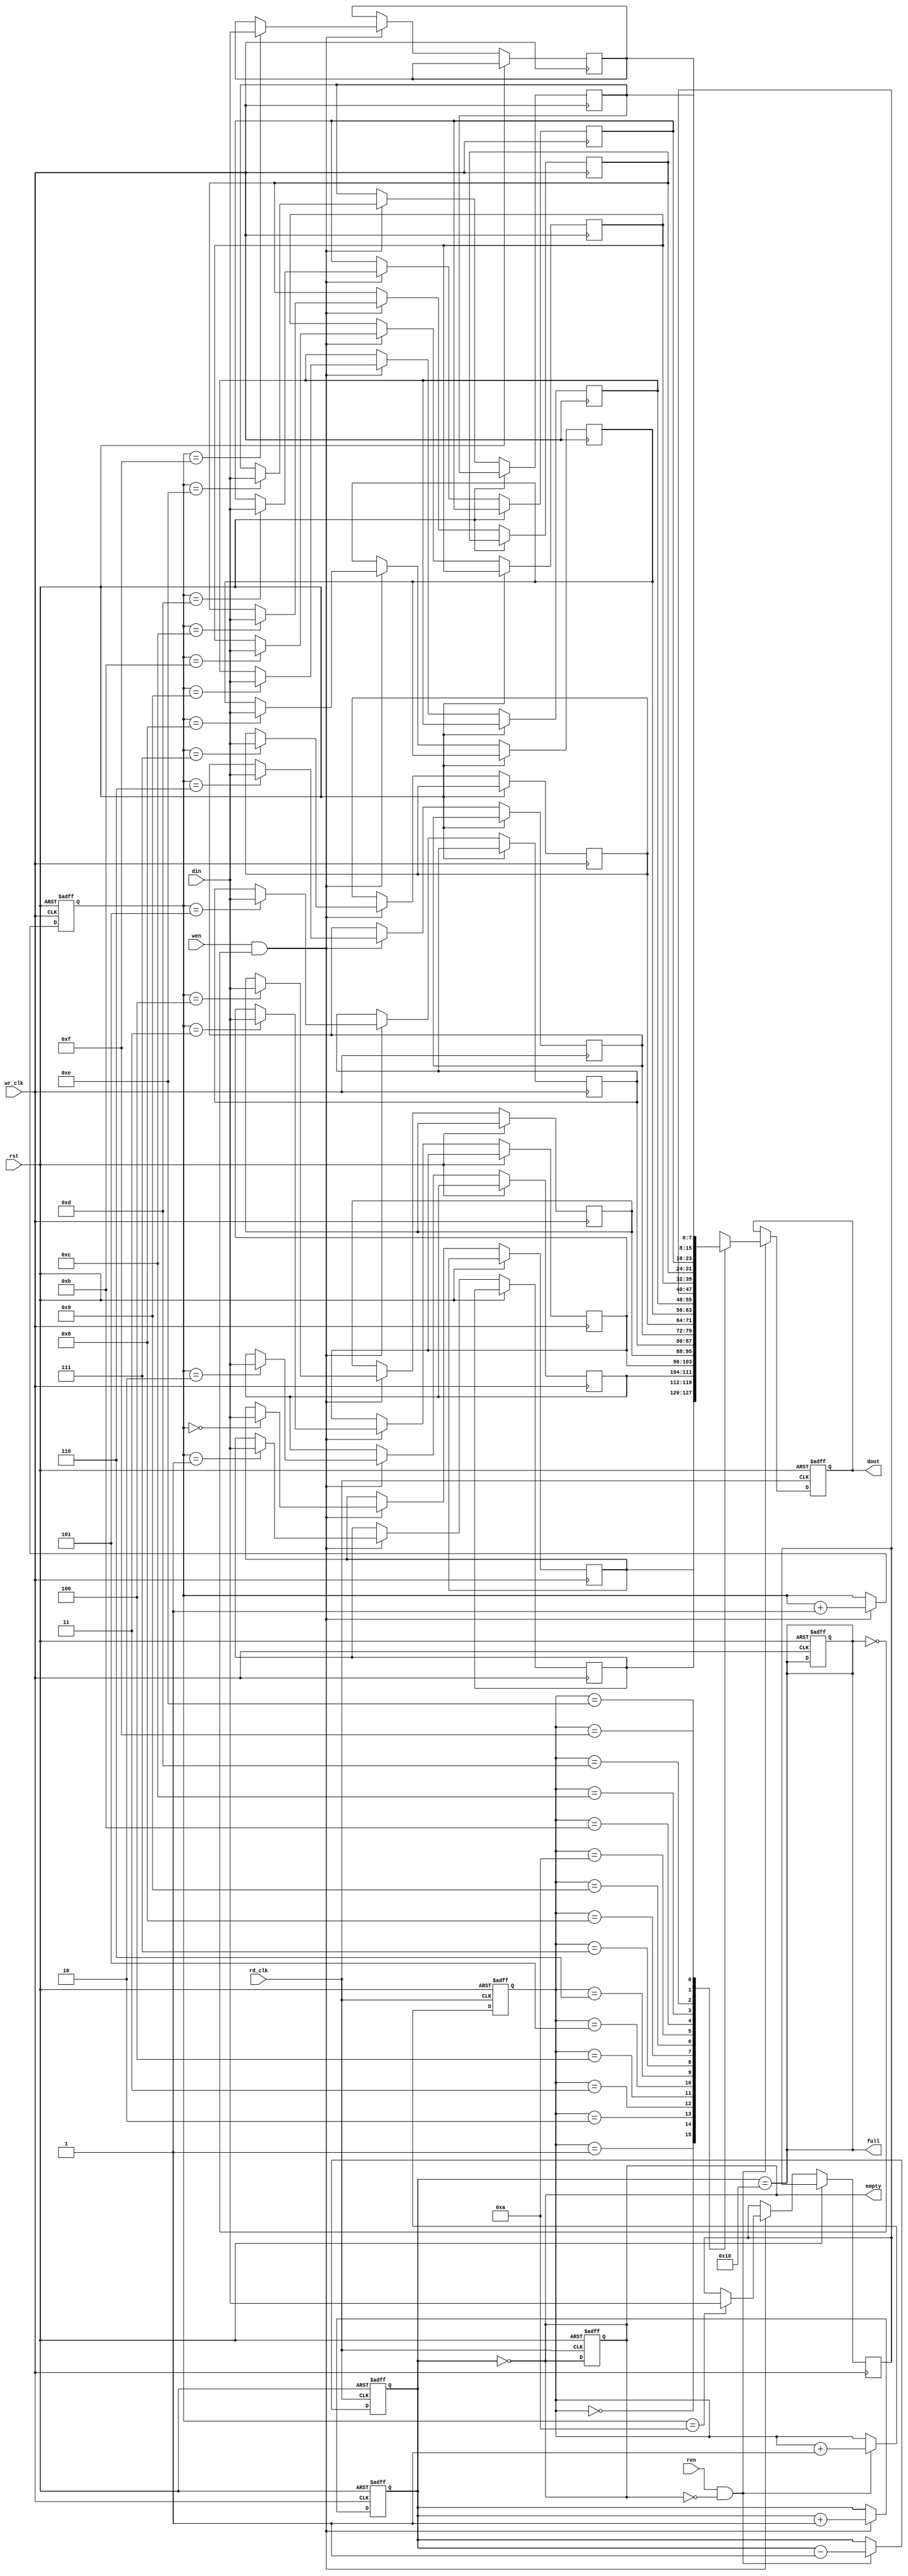
module async_fifo #(
    parameter DATA_WIDTH = 8,   // Data width
    parameter FIFO_DEPTH = 16    // Depth of FIFO
) (
    input wire wr_clk,           // Write clock
    input wire rd_clk,           // Read clock
    input wire rst,              // Reset
    input wire wen,              // Write enable
    input wire ren,              // Read enable
    input wire [DATA_WIDTH-1:0] din, // Data input
    output reg [DATA_WIDTH-1:0] dout, // Data output
    output reg full,             // Full flag
    output reg empty             // Empty flag
);

    // Memory declaration
    reg [DATA_WIDTH-1:0] mem [0:FIFO_DEPTH-1];
    
    // Pointers
    reg [$clog2(FIFO_DEPTH)-1:0] wr_ptr;
    reg [$clog2(FIFO_DEPTH)-1:0] rd_ptr;
    reg [$clog2(FIFO_DEPTH):0] count; // To track the number of entries

    // Reset logic
    always @(posedge wr_clk or posedge rst) begin
        if (rst) begin
            wr_ptr <= 0;
            count <= 0;
            full <= 0;
        end else if (wen && !full) begin
            mem[wr_ptr] <= din;
            wr_ptr <= wr_ptr + 1;
            count <= count + 1;
        end
    end

    always @(posedge rd_clk or posedge rst) begin
        if (rst) begin
            rd_ptr <= 0;
            dout <= 0;
            count <= 0;
            empty <= 1;
        end else if (ren && !empty) begin
            dout <= mem[rd_ptr];
            rd_ptr <= rd_ptr + 1;
            count <= count - 1;
        end
    end

    // Full and empty flag logic
    always @(*) begin
        full = (count == FIFO_DEPTH);
        empty = (count == 0);
    end

endmodule